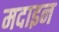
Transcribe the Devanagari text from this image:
मदाइन